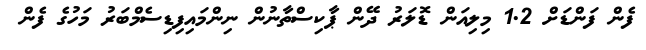
ފެން ފަންޑަށް 1.2 މިލިއަން ޑޮލަރު ދޭން ޕާކިސްތާނުން ނިންމައިފިޑިސެމްބަރު މަހުގެ ފެން